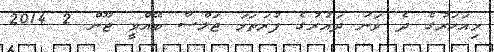
މިއަހަރުގެ ދެ ވަނަ ދައުރުގެ ފުރަތަމަ ޖަލްސާ ބޭއްވީ ޖޫން 2 2014